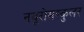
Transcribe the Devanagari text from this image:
नयूरोमस्कुलर